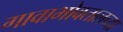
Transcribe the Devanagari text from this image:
गावाभोवतालच्या